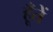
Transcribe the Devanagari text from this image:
हूँतें